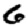
Digit: 6